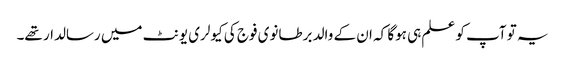
یہ تو آپ کو علم ہی ہوگا کہ ان کے والد برطانوی فوج کی کیولری یونٹ میں رسالدار تھے۔